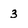
Character: 3